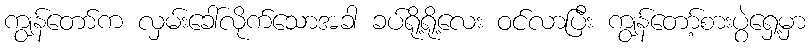
ကျွန်တော်က လှမ်းခေါ်လိုက်သောအခါ ခပ်ရို့ရို့လေး ဝင်လာပြီး ကျွန်တော့်စားပွဲရှေ့မှာ